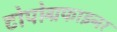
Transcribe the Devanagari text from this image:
टोपोग्रफाइनर